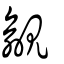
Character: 覦